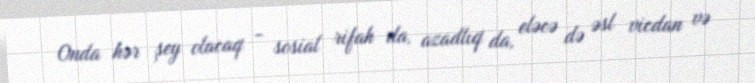
Onda hər şey olacaq - sosial rifah da, azadlıq da, eləcə də əsl vicdan və